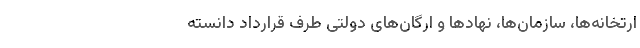
ارتخانه‌ها، سازمان‌ها، نهادها و ارگان‌های دولتی طرف قرارداد دانسته